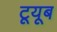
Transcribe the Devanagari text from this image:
टूयूब